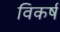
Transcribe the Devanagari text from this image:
विकर्ष